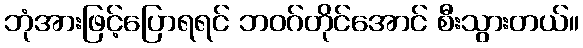
ဘုံအားဖြင့်ပြောရရင် ဘဝဂ်တိုင်အောင် စီးသွားတယ်။